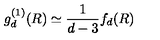
g _ { d } ^ { ( 1 ) } ( R ) \simeq \frac { 1 } { d - 3 } f _ { d } ( R )